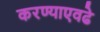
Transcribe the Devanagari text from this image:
करण्याएवढे